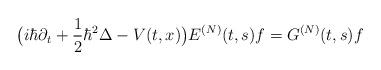
LaTeX: \begin{align*}\big(i\hbar\partial_t+\frac{1}{2}\hbar^2\Delta-V(t,x)\big) E^{(N)}(t,s)f=G^{(N)}(t,s)f\end{align*}